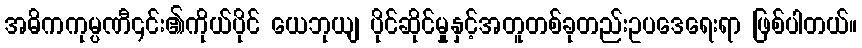
အဓိကကုမ္ပဏီ၎င်း၏ကိုယ်ပိုင် ယေဘုယျ ပိုင်ဆိုင်မှုနှင့်အတူတစ်ခုတည်းဥပဒေရေးရာ ဖြစ်ပါတယ်။